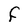
Character: F